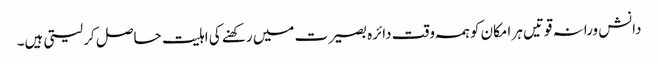
دانش ورانہ قوتیں ہر امکان کو ہمہ وقت دائرہ بصیرت میں رکھنے کی اہلیت حاصل کر لیتی ہیں۔